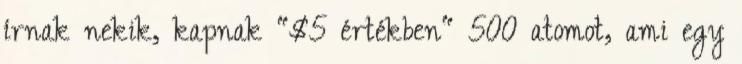
írnak nekik, kapnak "$5 értékben" 500 atomot, ami egy